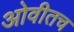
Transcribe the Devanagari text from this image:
ओवीतच